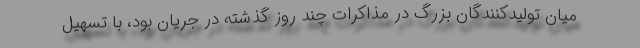
میان تولیدکنندگان بزرگ در مذاکرات چند روز گذشته در جریان بود، با تسهیل